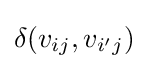
\delta (v_{ij},v_{i'j})